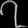
Digit: ၇